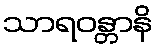
သာရဝန္တာနိ